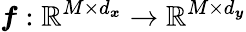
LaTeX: \boldsymbol{f}:\mathbb{R}^{M\times d_{\boldsymbol{x}}}\to\mathbb{R}^{M\times d_{\boldsymbol{y}}}